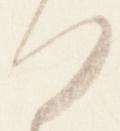
ハ